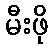
မီးဖို